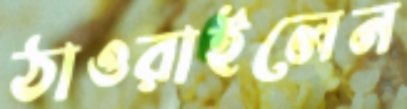
ঠাওরাইলেন